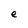
Character: e